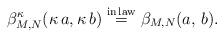
LaTeX: \begin{align*}\beta^{\kappa}_{M, N}(\kappa\,a, \kappa\,b) \overset{{\rm in \,law}}{=}\beta_{M,N}(a,\,b).\end{align*}